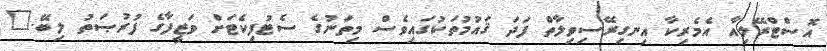
އޮސްޓްރޭލިއާ އެމެރިކާ އިނގިރޭސިވިލާތް ފަދަ ޤައުމުތަކުގައިވެސް މިތަނުގެ ސެޓުފިކެޓަށް ވަޒީފާގެ ފުރުޞަތު ލިބޭ."